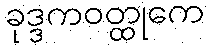
ခုဒ္ဒကဝတ္ထုကေ